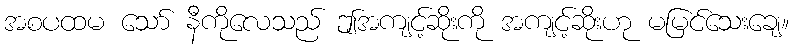
အစပထမ သော် နီကိုလေသည် ဤအကျင့်ဆိုးကို အကျင့်ဆိုးဟု မမြင်သေးချေ။